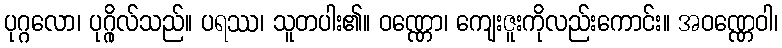
ပုဂ္ဂလော၊ ပုဂ္ဂိုလ်သည်။ ပရဿ၊ သူတပါး၏။ ဝဏ္ဏော၊ ကျေးဇူးကိုလည်းကောင်း။ အဝဏ္ဏေဝါ၊